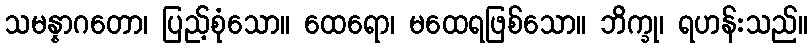
သမန္နာဂတော၊ ပြည့်စုံသော။ ထေရော၊ မထေရဖြစ်သော။ ဘိက္ခု၊ ရဟန်းသည်။